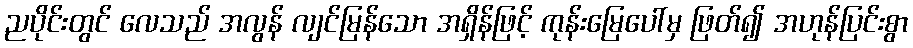
ညပိုင်းတွင် လေသည် အလွန် လျင်မြန်သော အရှိန်ဖြင့် ကုန်းမြေပေါ်မှ ဖြတ်၍ အဟုန်ပြင်းစွာ